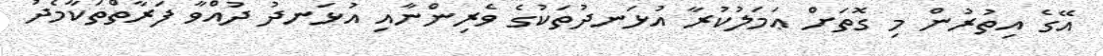
އޭގެ އިތުރުން މި ގޮތަށް ޢަމަލުކުރާ އުޅަނދުތަކުގެ ވެރިންނާއި އުޅަނދު ދުއްވާ ފަރާތްތަކާމެދު